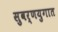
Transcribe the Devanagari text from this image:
सुवर्णयुगात